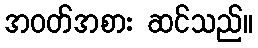
အဝတ်အစား ဆင်သည်။